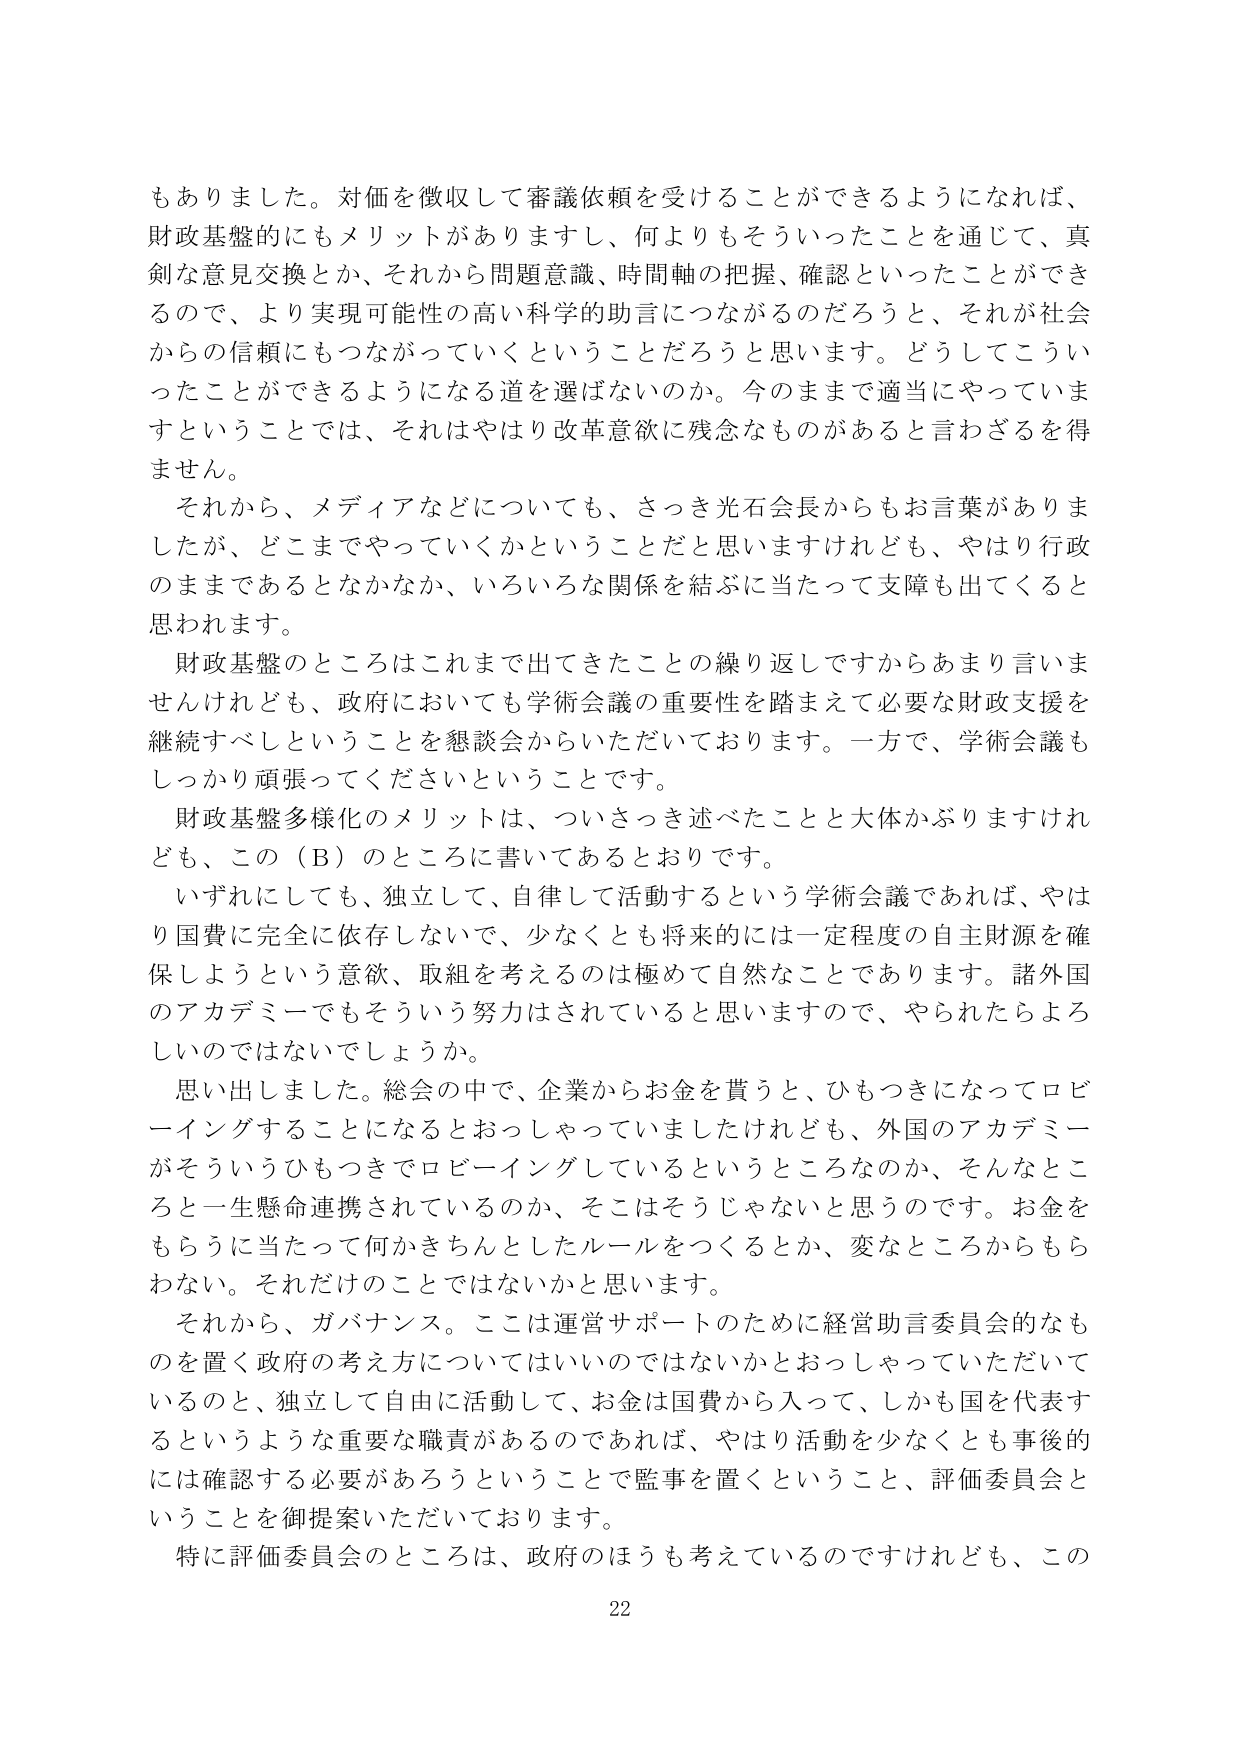
もありました。対価を徴収して審議依頼を受けることができるようになれば、
財政基盤的にもメリットがありますし、何よりもそういったことを通じて、真剣な意見交換とか、それから問題意識、時間軸の把握、確認といったことができるので、より実現可能性の高い科学的助言につながるのだろうと、それが社会からの信頼にもつながっていくということだろうと思います。どうしてこういったことができるようになる道を選ばないのか。今のままで適当にやっていま すということでは、それはやはり改革意欲に残念なものがあると言わざるを得ません。

それから、メディアなどについても、さっき光石会長からもお言葉がありましたが、どこまでやっていくかということだと思いますけれども、やはり行政のままであるとなかなか、いろいろな関係を結ぶに当たって支障も出てくると思われます。

財政基盤のところはこれまで出てきたことの繰り返しですからあまり言いませんけれども、政府においても学術会議の重要性を踏まえて必要な財政支援を継続すべしということを懇談会からいただいております。一方で、学術会議もしっかり頑張ってくださいということです。

財政基盤多様化のメリットは、ついさっき述べたことと大体かぶりますけれども、この（Ｂ）のところに書いてあるとおりです。

いずれにしても、独立して、自律して活動するという学術会議であれば、やはり国費に完全に依存しないで、少なくとも将来的には一定程度の自主財源を確保しようという意欲、取組を考えるのは極めて自然なことであります。諸外国のアカデミーでもそういう努力はされていると思いますので、やられたらよろしいのではないでしょうか。

思い出しました。総会の中で、企業からお金を貰うと、ひもつきになってロビイングすることになるおっしゃっていましたけれども、外国のアカデミーがそういうひもつきでロビイングしているというところなのか、そんなところと一生懸命連携されているのか、そこはそうじゃないと思うのです。お金をもらうに当たって何かきちんとしたルールをつくるとか、変なところからもらわない。それだけのことではないかと思います。

それから、ガバナンス。ここは運営サポートのために経営助言委員会的なものを置く政府の考え方についてはいいのではないかとおっしゃっていただいているのと、独立して自由に活動して、お金は国費から入って、しかも国を代表するというような重要な職責があるのであれば、やはり活動を少なくとも事後的には確認する必要があるろうということで監事を置くということ、評価委員会ということを御提案いただいております。

特に評価委員会のところは、政府のほうも考えているのですけれども、この

22